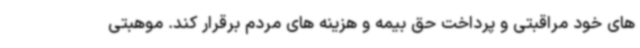
های خود مراقبتی و پرداخت حق بیمه و هزینه های مردم برقرار کند. موهبتی